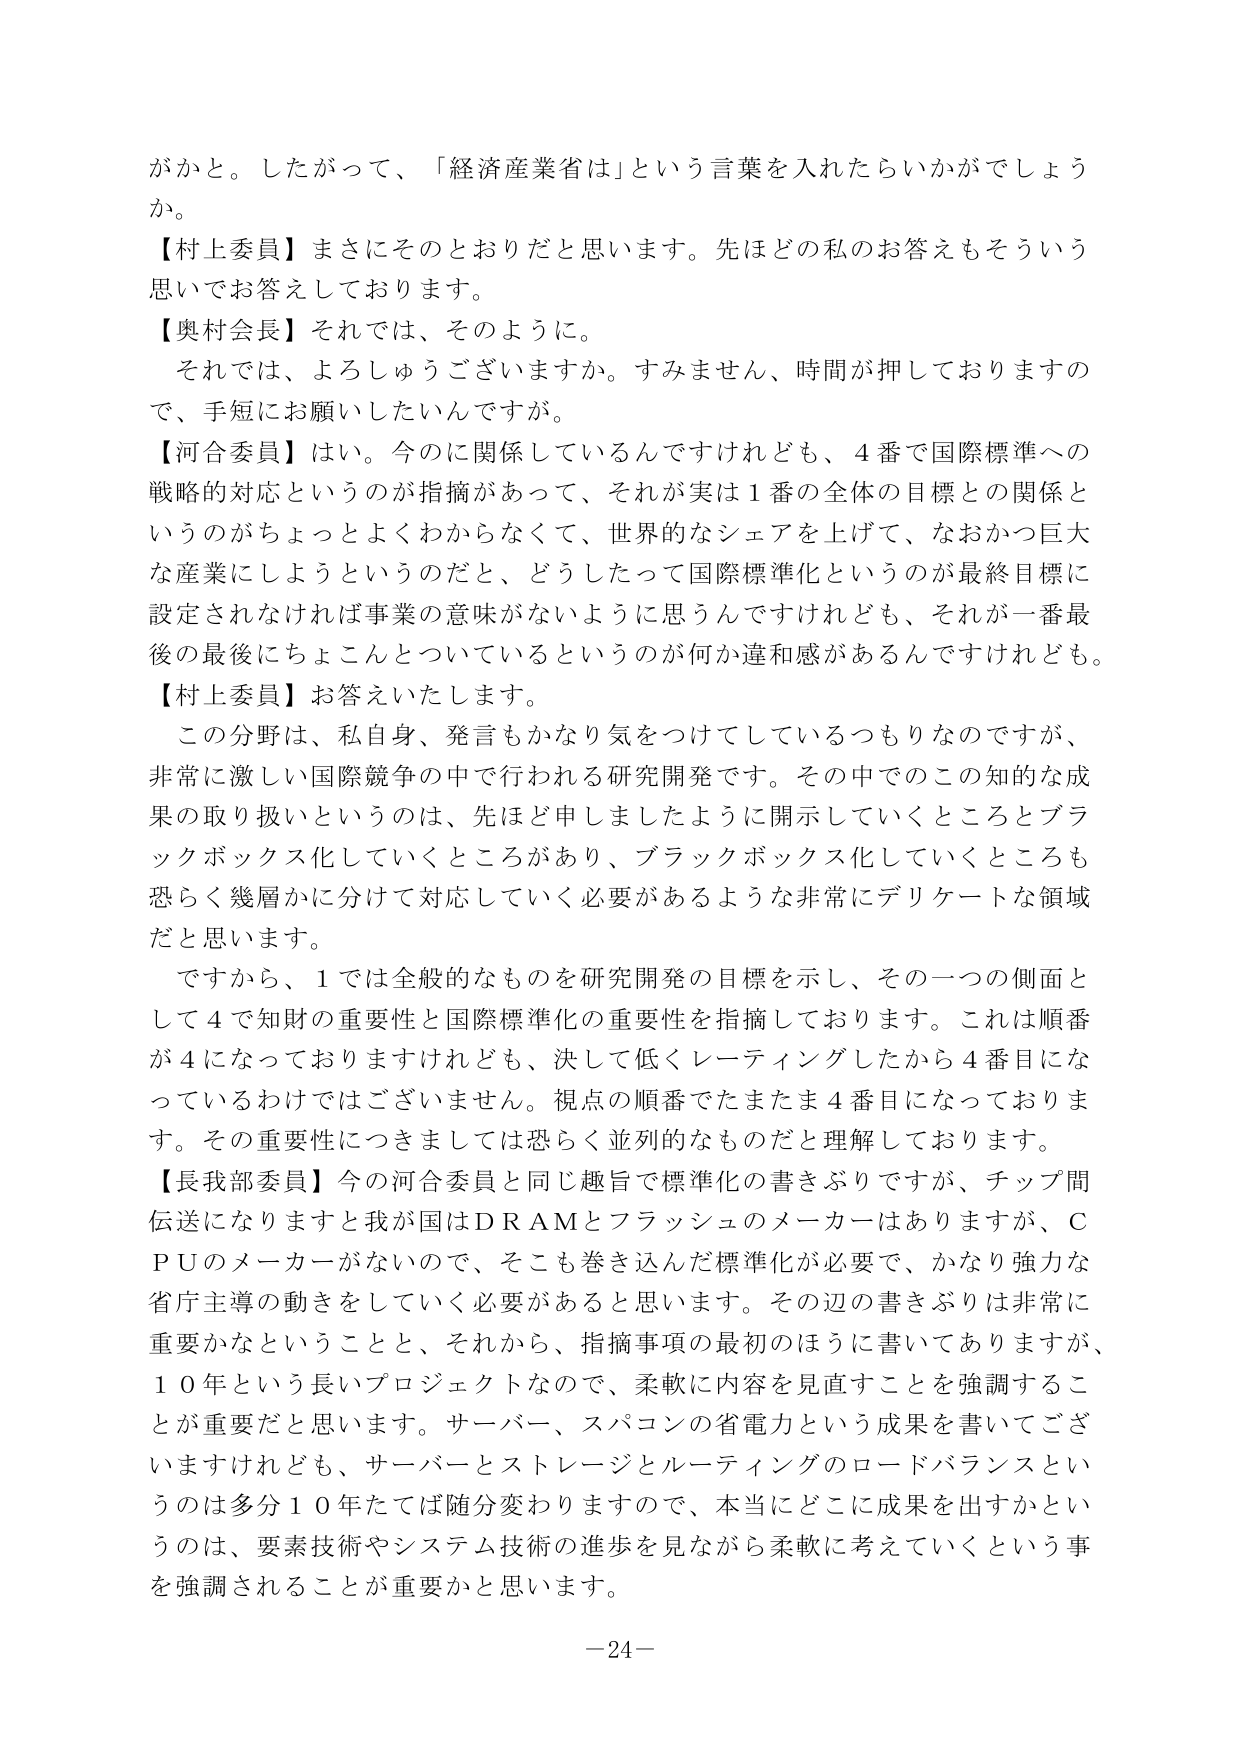
がかと。したがって、「経済産業省は」という言葉を入れたらいかがでしょうか。

【村上委員】まさにそのとおりだと思います。先ほどの私のお答えもそういう思いでお答えしております。

【奥村会長】それでは、そのように。
それでは、よろしうございますか。すみません、時間が押しておりますので、手短にお願いしたいんですが。

【河合委員】はい。今のに関係しているんですけれども、4番で国際標準への戦略的対応というのが指摘があって、それが実は1番の全体の目標との関係というのがちょっとよくわからなくて、世界的なシェアを上げて、なおかつ巨大な産業にしようというのだと、どうしたって国際標準化というのが最終目標に設定されなければ事業の意味がないように思うんですけれども、それが一番最後の最後にちょこんとついているというのが何か違和感があるんですけれども。

【村上委員】お答えいたします。
この分野は、私自身、発言もかなり気をつけてしているつもりなのですが、非常に激しい国際競争の中で行われる研究開発です。その中でのこの知的な成果の取り扱いというのは、先ほど申しましたように開示していくところとブラックボックス化していくところがあり、ブラックボックス化していくところも恐らく幾層かに分けて対応していく必要があるような非常にデリケートな領域だと思います。

ですから、1では全般的なものを研究開発の目標を示し、その一つの側面として4で知財の重要性と国際標準化の重要性を指摘しております。これは順番が4になっておりますけれども、決して低くレーティングしたから4番目になっているわけではありません。視点の順番でたまたま4番目になっております。その重要性につきましては恐らく並列的なものだと理解しております。

【長我部委員】今の河合委員と同じ趣旨で標準化の書きぶりですが、チップ間伝送になりますと我が国はDRAMとフラッシュのメーカーはありますが、CPUのメーカーがないので、そこも巻き込んだ標準化が必要で、かなり強力な省庁主導の動きをしていく必要があると思います。その辺の書きぶりは非常に重要かなということと、それから、指摘事項の最初のほうに書いてありますが、10年という長いプロジェクトなので、柔軟に内容を見直すことを強調することが重要だと思います。サーバー、スパコンの省電力という成果を書いてございますけれども、サーバーとストレージとルーティングのロードバランスというのは多分10年たてば随分変わりますので、本当にどこに成果を出すかというのは、要素技術やシステム技術の進歩を見ながら柔軟に考えていくという事を強調されることが重要かと思います。

－24－